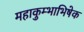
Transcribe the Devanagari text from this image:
महाकुम्भाभिषेक